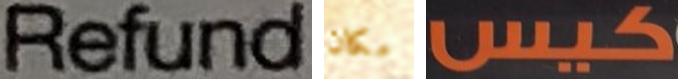
Refund مكان كيس